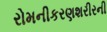
રોમનીકરણશરીરની